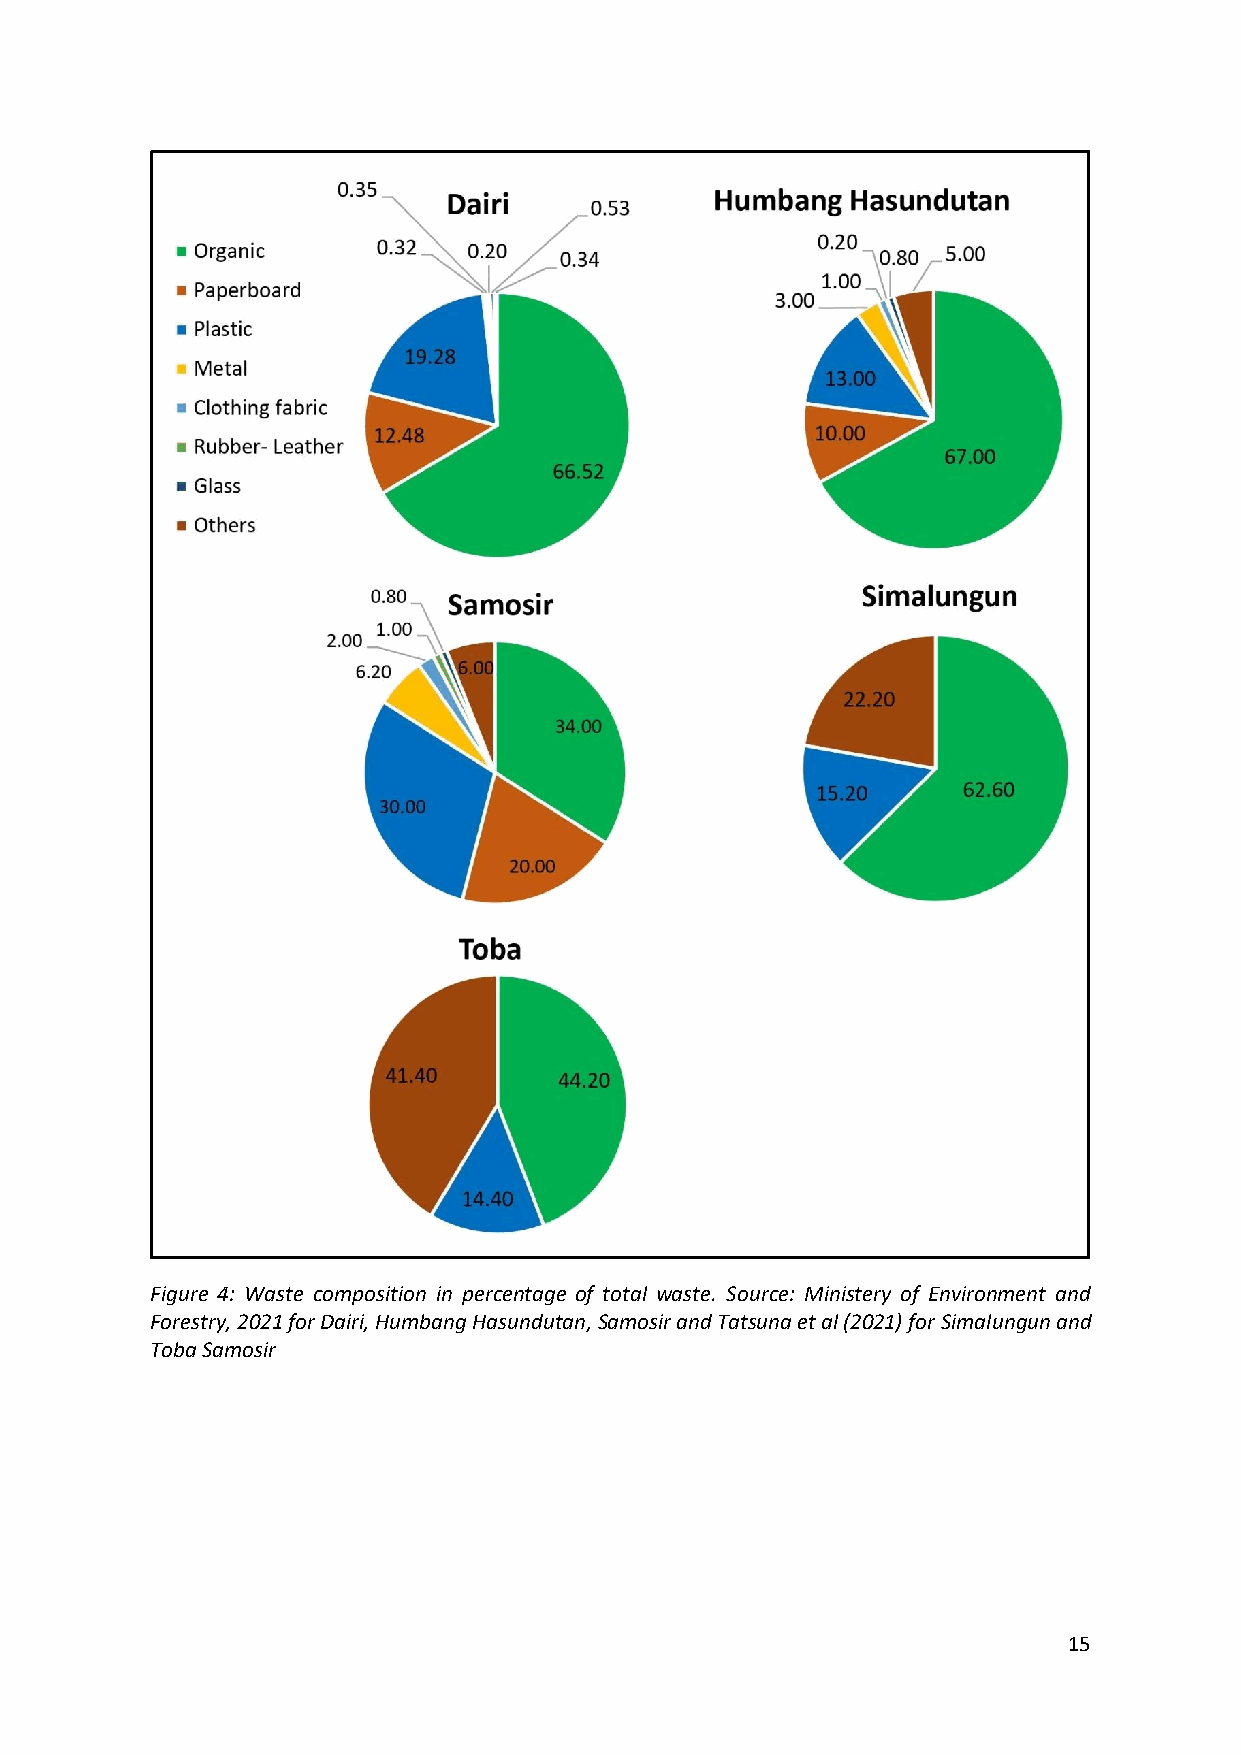
Figure 4: Waste composition in percentage of total waste. Source: Ministery of Environment and
 Forestry, 2021 for Dairi, Humbang Hasundutan, Samosir and Tatsuna et al (2021) for Simalungun and
 Toba Samosir
 15